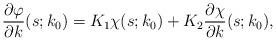
LaTeX: \begin{align*}\frac{\partial\varphi}{\partial k}(s;k_0)= K_1 \chi(s;k_0) + K_2\frac{\partial\chi}{\partial k}(s;k_0),\end{align*}